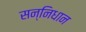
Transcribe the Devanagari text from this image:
सन्निधान